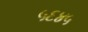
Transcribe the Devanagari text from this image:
५६४५